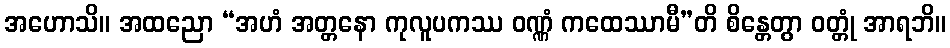
အဟောသိ။ အထညော “အဟံ အတ္တနော ကုလူပကဿ ဝဏ္ဏံ ကထေဿာမီ”တိ စိန္တေတွာ ဝတ္တုံ အာရဘိ။